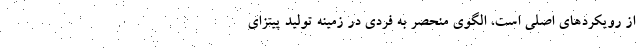
از رویکردهای اصلی است، الگوی منحصر به فردی در زمینه تولید پیتزای